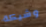
وشيكة